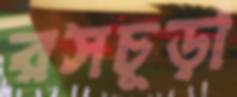
রসচূড়া